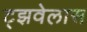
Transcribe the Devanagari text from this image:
ट्झवेलास